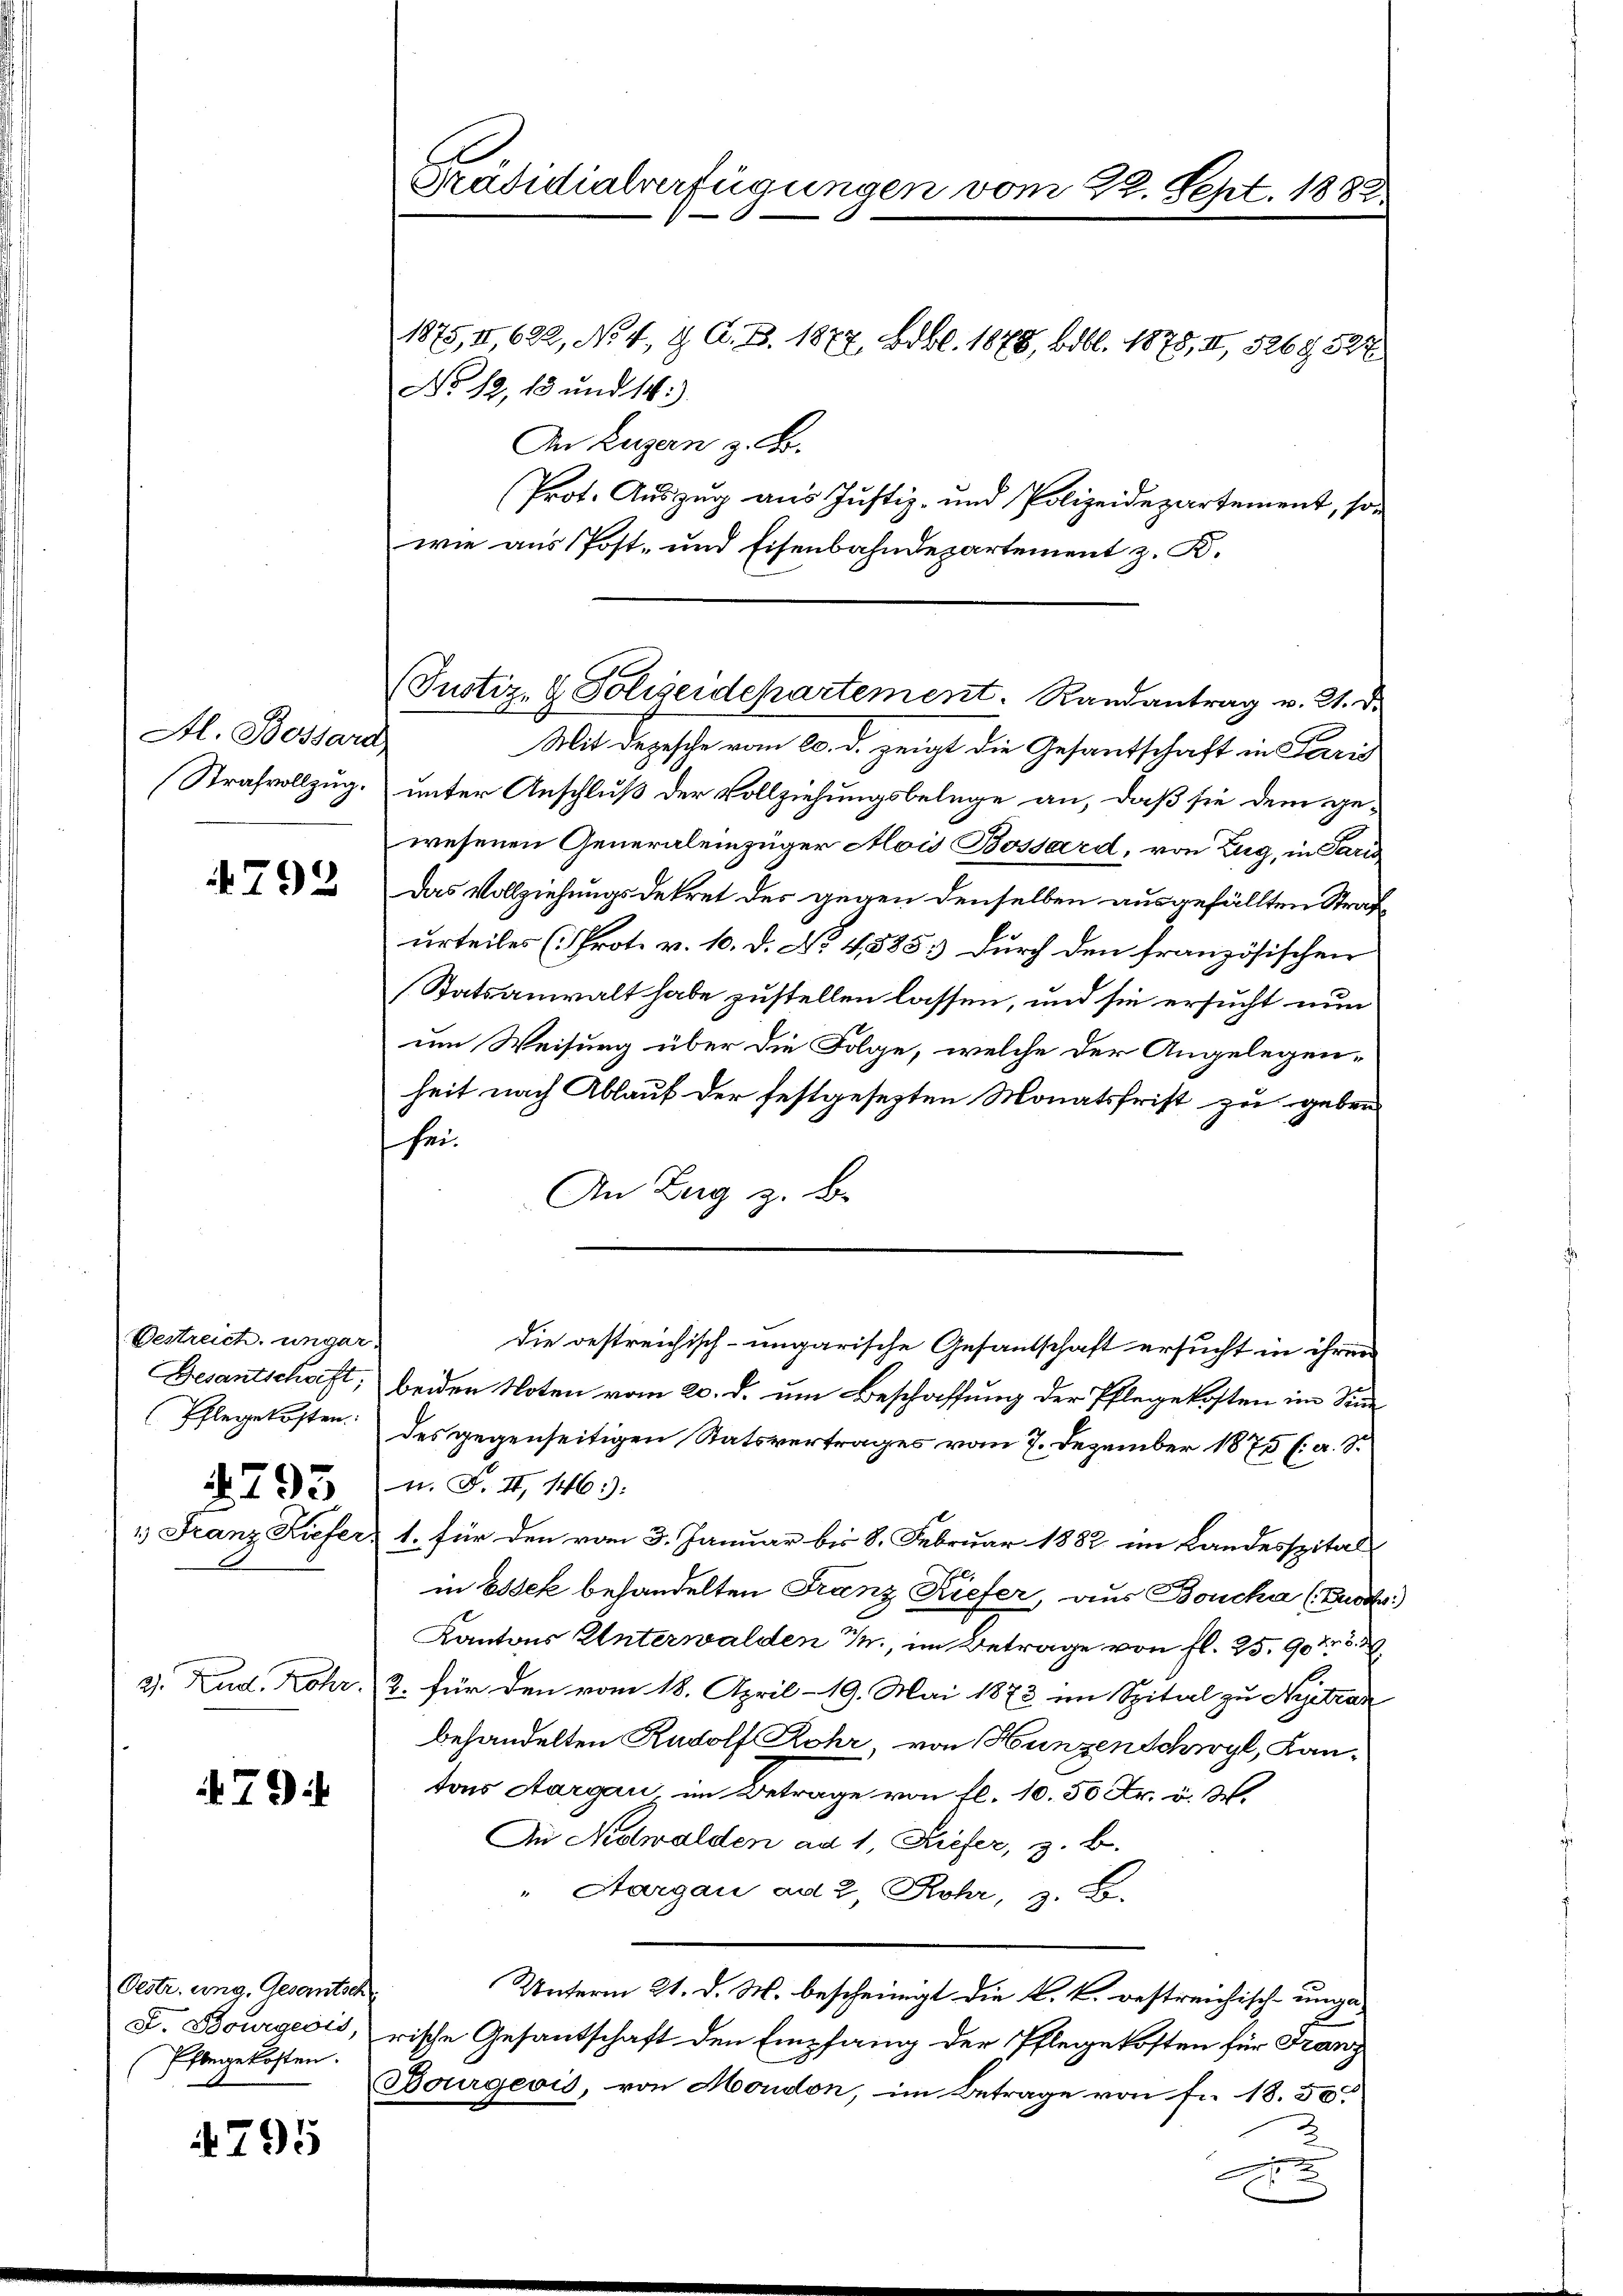
Al. Bossard

4792

Oestreich unger-
Pflegekosten.
2793

3. Rud. Rohr.

9

Oestr. ung. Gesamtsch
Pflegekosten.

4795

Präsidialverfügungen vom 22. Sept. 1882.

No 12, 13 und 14.)
An Eugen z. B.
Prot. Auszug aus Justiz- und Polizeidepartement, son
wie aus Post- und Eisenbahndepartement z. B.
Mit Depesche vom 20. d. zeigt die Gesantschaft in Paris
Strafvollzug. unter Anschluß der Vollziehungsbelege an, daß sie dem gewesenen Generaleinzüger Alois Bossard, von Zug, in Paris
Das Vollziehungsdekret des gegen denselben ausgefällten Strafurteiles (Prot. v. 10. d. No. 4585 durch den französischen
(Statsanwalt habe zustellen lassen, und sie ersucht nun
um Weisung über die Folge, welche der Angelegenheit nach Ablauf der festgesezten Monatsfrist zu geben
sei¬
An Zug z. B.
Die bestreichisch-ungarische Gesandschaft ersucht in ihren
Besantschaft, beiden Noten vom 20. d. um Beschaffung der Pflegekosten im Sinn
des gegenseitigen Ratsvertrages vom 7. Dezember 1875 (a. S.
n. F. II, 146):
1.) Franz Kiefer, 1. für den vom 3. Januar bis 8. Februar 1882 im Landesspital
in Essek behandelten Franz Kiefer, aus Boucka (Buo
Kantons Unterwalden u., im Betrage von fl. 25. 907. 2
2. für den vom 18. April 19. Mai 1873 im Spital zu Nietzan
behandelten Rudolf Rohr, von Hunzen Schwyl, Kantons Aargau im Betrage von fl. 10. 50 Fr. v. M.
An Nidwalden ad 1. Kiefer, z. B.
Aargau ad 2, Rohr, z. B.
Unterm 21. d. M. bescheinigt die k. k. bestreichisch-unga¬
F. Bourgeois, rische Gesantschaft den Empfang der Pflegekosten für Franz
Bourgeois, von Moudon, im Betrage von Fr. 18.50
2
A

1875, II,622, No. 4. d. A. B. 1877, Bibl. 1878, Bibl. 1878, II, 326 § 327

(Justiz- & Polizeidepartement. Randantrag v. 21. d.